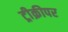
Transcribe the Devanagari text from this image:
ट्रीक्रीपर